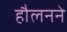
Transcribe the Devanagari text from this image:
हौलनने